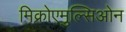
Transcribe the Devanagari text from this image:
मिक्रोएमुल्सिओन